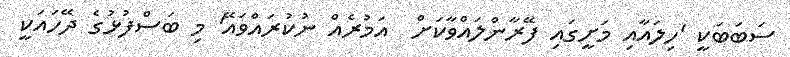
ސަބަބަކީ 'ހިލައާއި މަށީގައި ފޭރާންލައްވާކަށް  އަމުރެއް ނުކުރައްވައޭ' މި ބަސްފުޅުގެ ދޭހައަކީ